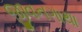
જીવનગાથા